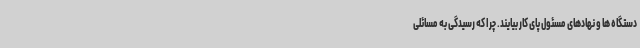
دستگاه ها و نهادهای مسئول پای کار بیایند. چرا که رسیدگی به مسائلی